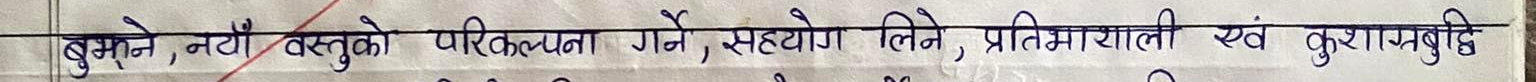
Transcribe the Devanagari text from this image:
बुझ्ने, नयाँ वस्तुको परिकल्पना गर्ने, सहयोग लिने, प्रतिभाशाली एवं कुशाग्रबुद्धि